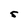
Character: s